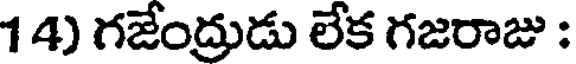
1 4) గజేంద్రుడు లేక గజరాజు :